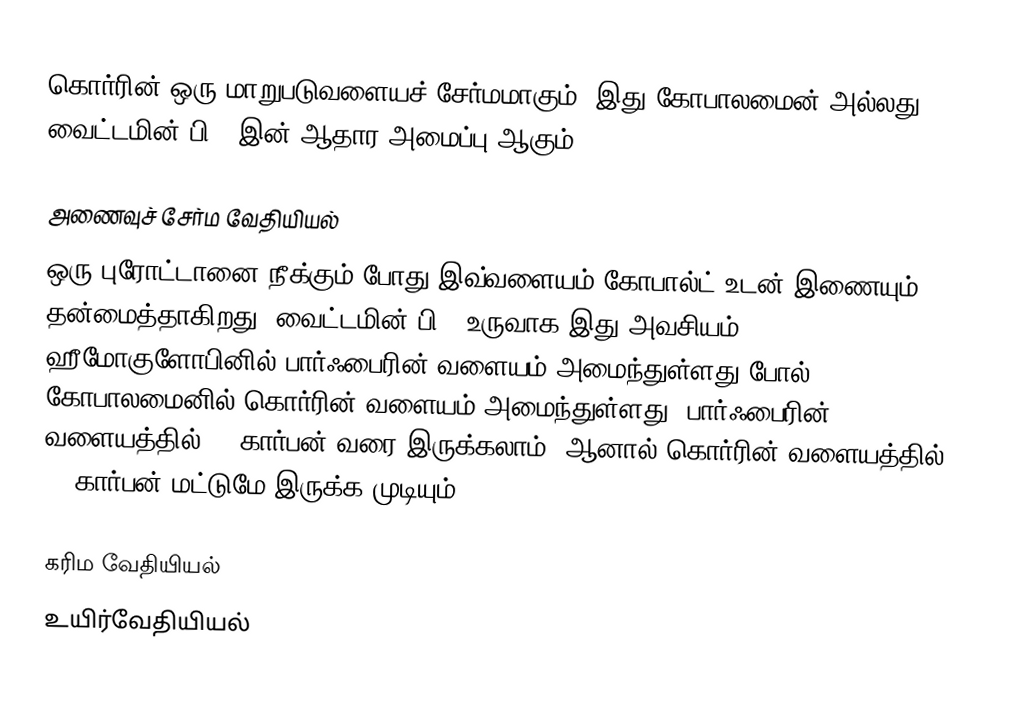
கொர்ரின் ஒரு மாறுபடுவளையச் சேர்மமாகும். இது கோபாலமைன் அல்லது வைட்டமின் பி12 இன் ஆதார அமைப்பு ஆகும்.

அணைவுச் சேர்ம வேதியியல்
ஒரு புரோட்டானை நீக்கும் போது இவ்வளையம் கோபால்ட் உடன் இணையும் தன்மைத்தாகிறது. வைட்டமின் பி12 உருவாக இது அவசியம். ஹீமோகுளோபினில் பார்ஃபைரின் வளையம் அமைந்துள்ளது போல் கோபாலமைனில் கொர்ரின் வளையம் அமைந்துள்ளது. பார்ஃபைரின் வளையத்தில் 16 கார்பன் வரை இருக்கலாம். ஆனால் கொர்ரின் வளையத்தில் 15 கார்பன்  மட்டுமே இருக்க முடியும்.

கரிம வேதியியல்
உயிர்வேதியியல்